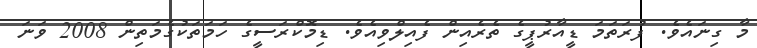
މާ ގިނައެވެ. ފުރަތަމަ ޑީއާރުޕީގެ ތެރެއިން ފެއިލްވިއެވެ. ޑިމޮކްރަސީގެ ހަމަތަކުގެމަތިން 2008 ވަނަ